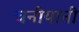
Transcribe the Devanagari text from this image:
चनीयानी